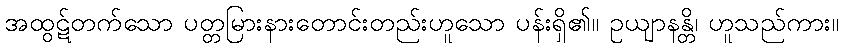
အထွဋ်တက်သော ပတ္တမြားနားတောင်းတည်းဟူသော ပန်းရှိ၏။ ဥယျာနန္တိ၊ ဟူသည်ကား။